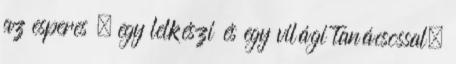
az esperes – egy lelkészi és egy világi tanácsossal,